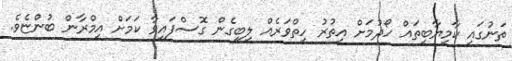
ތަނުގައި ކާމިޔާބީތައް ހޯދުމަށް އިތުރު ހިތްވަރެއް ލިބިގެން ގޮސްފައިވާ ކަމަށް އިމްރާން ބުންޏެވެ.